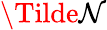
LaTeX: \Tilde{\mathcal{N}}